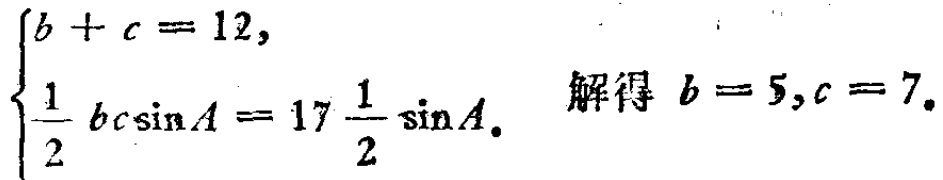
$\begin{cases}
b + c = 12,\\
\frac{1}{2}bc\sin A = 17\frac{1}{2}\sin A.
\end{cases}$ 解得 $b = 5, c = 7.$